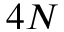
4 N